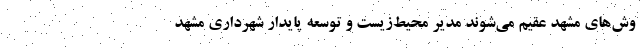
وش‌های مشهد عقیم می‌شوند مدیر محیط‌زیست و توسعه پایدار شهرداری مشهد